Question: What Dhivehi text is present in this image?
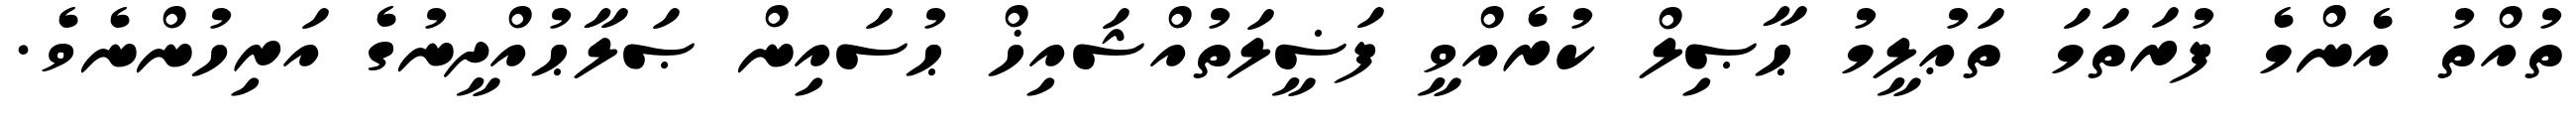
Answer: ތުއްތު އެންމެ ފުރަތަމަ ތަޢުލީމު ޙާޞިލް ކުރެއްވީ ފަޟީލަތުއްޝައިޚް ޙުސައިން ޞަލާޙުއްދީނުގެ އަރިހުންނެވެ.